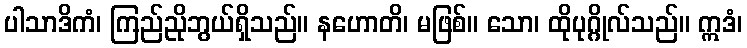
ပါသာဒိကံ၊ ကြည်ညိုဘွယ်ရှိသည်။ နဟောတိ၊ မဖြစ်။ သော၊ ထိုပုဂ္ဂိုလ်သည်။ ဣဒံ၊